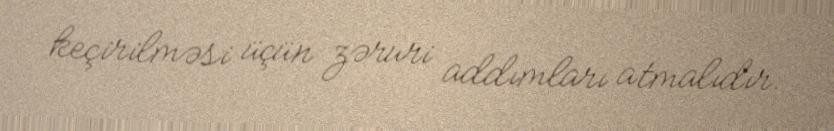
keçirilməsi üçün zəruri addımları atmalıdır.